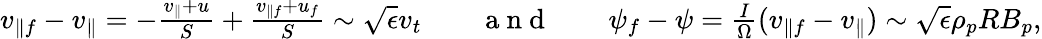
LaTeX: \begin{array}{rlrlr}{v_{\parallel f}-v_{\parallel}=-\frac{v_{\parallel}+u}{S}+\frac{v_{\parallel f}+u_{f}}{S}\sim\sqrt{\epsilon}v_{t}}&{{}}&{\mathrm{~a~n~d~}}&{{}}&{\psi_{f}-\psi=\frac{I}{\Omega}(v_{\parallel f}-v_{\parallel})\sim\sqrt{\epsilon}\rho_{p}RB_{p},}\end{array}